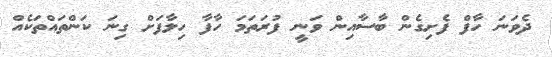
ދެވަނަ ހާފް ފެށިގެން ބާސާއިން ވަނީ ފުރަތަމަ ހާފާ ހިލާފަށް ގިނަ ކަންތައްތަކެއް